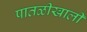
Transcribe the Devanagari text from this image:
पातळीखाली